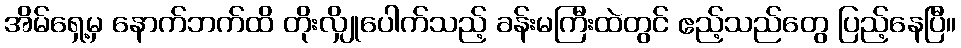
အိမ်ရှေ့မှ နောက်ဘက်ထိ တိုးလျှိုပေါက်သည့် ခန်းမကြီးထဲတွင် ဧည့်သည်တွေ ပြည့်နေပြီ။